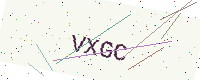
Text: VXGC